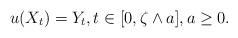
LaTeX: \begin{align*}u(X_t)=Y_t,t\in [0,\zeta\wedge a],a\ge 0.\end{align*}